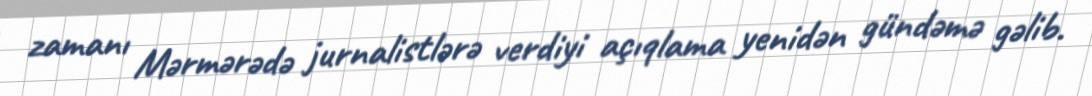
zamanı Mərmərədə jurnalistlərə verdiyi açıqlama yenidən gündəmə gəlib.